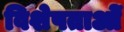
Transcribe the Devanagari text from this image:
विशेषताओें